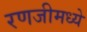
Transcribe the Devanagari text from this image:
रणजीमध्ये